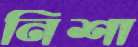
নিশা